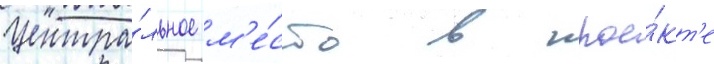
Центра́льное м'е́сто в прое́кт'е